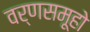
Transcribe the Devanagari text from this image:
वर्णसमूहो